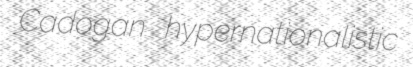
Cadogan hypernationalistic